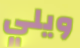
ويلي